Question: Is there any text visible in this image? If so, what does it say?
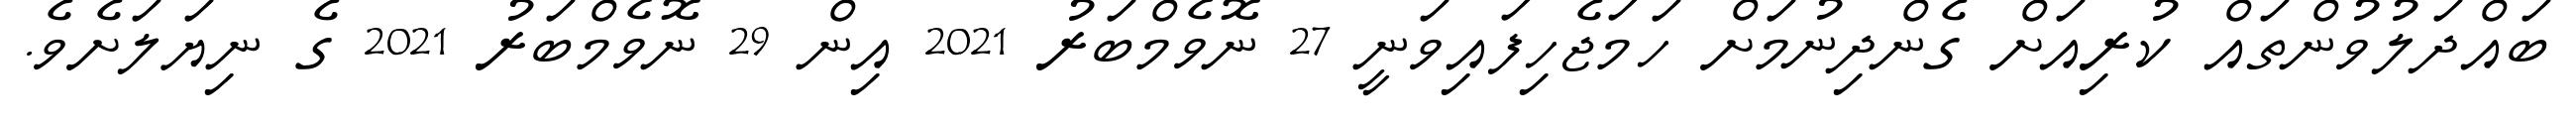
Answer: ބައްދަލުވުންތައް ކުރިއަށް ގެންދިނުމަށް ހަމަޖެހިފައިވަނީ 27 ނޮވެމްބަރު 2021 އިން 29 ނޮވެމްބަރު 2021 ގެ ނިޔަލަށެވެ.